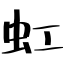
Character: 虹